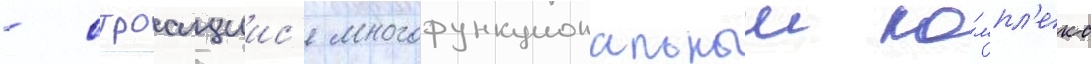
- строащиис'я многофункциональныи ко́мпл'екс